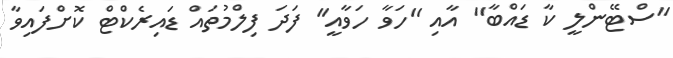
''ސްޓޭންލީ ކާ ޑައްބާ'' އާއި ''ހަވާ ހަވާއީ'' ފަދަ ފިލްމުތައް ޑައިރެކްޓް ކޮށްފައިވާ